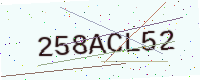
Text: 258ACL52